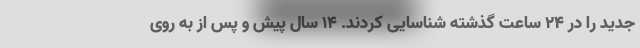
جدید را در 24 ساعت گذشته شناسایی کردند. 14 سال پیش و پس از به روی